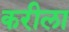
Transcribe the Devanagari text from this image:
करीला